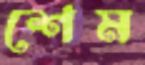
শেম